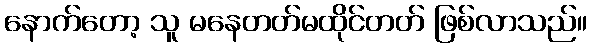
နောက်တော့ သူ မနေတတ်မထိုင်တတ် ဖြစ်လာသည်။